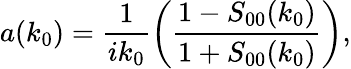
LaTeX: a(k_{0})=\frac{1}{ik_{0}}\left(\frac{1-S_{00}(k_{0})}{1+S_{00}(k_{0})}\right),